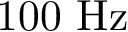
1 0 0 ~ \mathrm { H z }